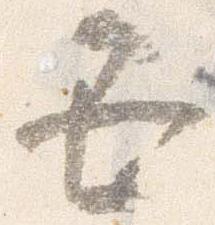
丑